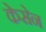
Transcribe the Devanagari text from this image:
केसेन